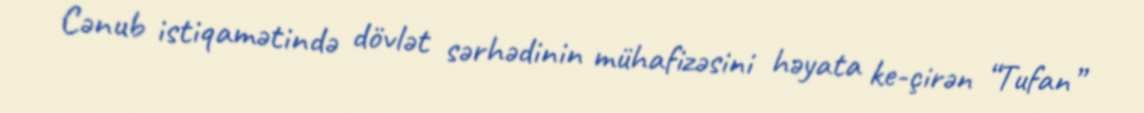
Cənub istiqamətində dövlət sərhədinin mühafizəsini həyata ke­çirən “Tufan”